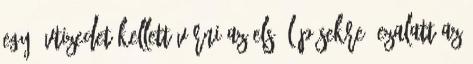
egy évtizedet kellett várni az első lépésekre. Ezalatt az